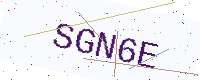
Text: SGN6E